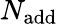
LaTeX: N_{\mathrm{add}}